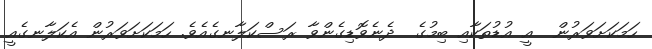
ހަމަކަށަވަރުން  އީ އުޑުތަކާއި ބިމުގެ  ދެނެވޮޑިގެންވާ ރަސްކަލާނގެއެވެ. ހަމަކަށަވަރުން އެކަލާނގެއީ